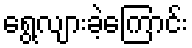
ရွေ့လျားခဲ့ကြောင်း